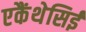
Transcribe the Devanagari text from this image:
एकैंथेसिई